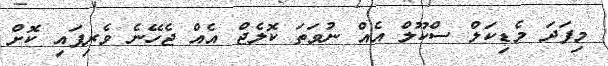
މިފަދަ މެޑިކަލް ސްކޫލް އެއް ނުވަތަ ކޮލެޖް އެއް ޖެހޭނެ ވެރިފައި ކޮށް